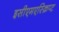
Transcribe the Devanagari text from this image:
इसीएमएस्क्रिप्ट